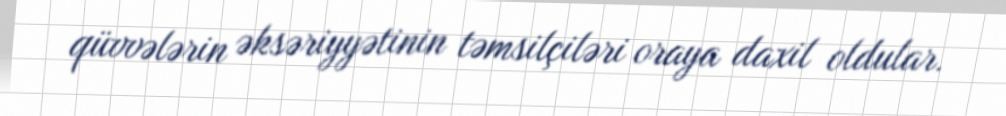
qüvvələrin əksəriyyətinin təmsilçiləri oraya daxil oldular.